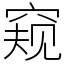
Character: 窥